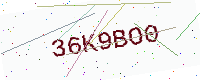
Text: 36K9BO0